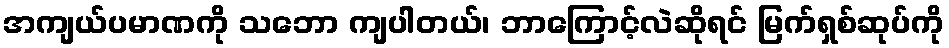
အကျယ်ပမာဏကို သဘော ကျပါတယ်၊ ဘာကြောင့်လဲဆိုရင် မြက်ရှစ်ဆုပ်ကို